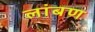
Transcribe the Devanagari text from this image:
लांबण